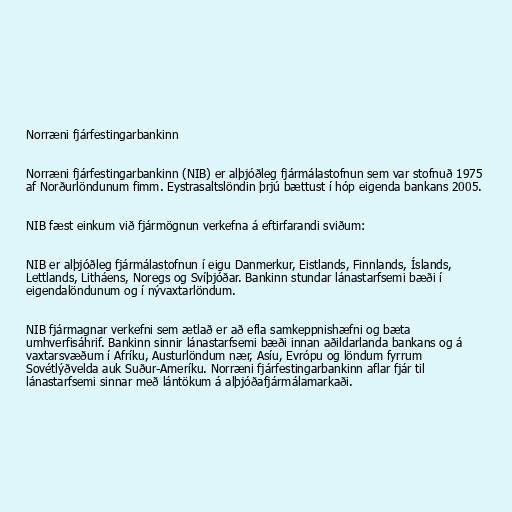
Norræni fjárfestingarbankinn

Norræni fjárfestingarbankinn (NIB) er alþjóðleg fjármálastofnun sem var stofnuð 1975
af Norðurlöndunum fimm. Eystrasaltslöndin þrjú bættust í hóp eigenda bankans 2005.

NIB fæst einkum við fjármögnun verkefna á eftirfarandi sviðum:

NIB er alþjóðleg fjármálastofnun í eigu Danmerkur, Eistlands, Finnlands, Íslands,
Lettlands, Litháens, Noregs og Svíþjóðar. Bankinn stundar lánastarfsemi bæði í
eigendalöndunum og í nývaxtarlöndum.

NIB fjármagnar verkefni sem ætlað er að efla samkeppnishæfni og bæta
umhverfisáhrif. Bankinn sinnir lánastarfsemi bæði innan aðildarlanda bankans og á
vaxtarsvæðum í Afríku, Austurlöndum nær, Asíu, Evrópu og löndum fyrrum
Sovétlýðvelda auk Suður-Ameríku. Norræni fjárfestingarbankinn aflar fjár til
lánastarfsemi sinnar með lántökum á alþjóðafjármálamarkaði.